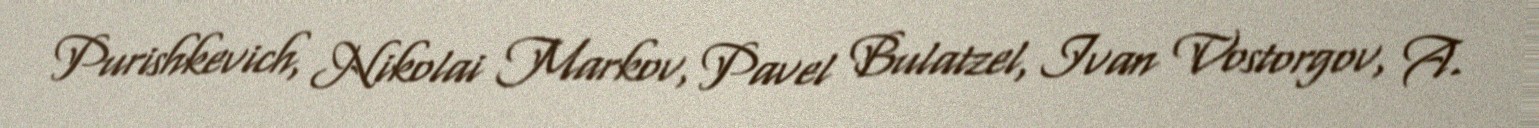
Purishkevich, Nikolai Markov, Pavel Bulatzel, Ivan Vostorgov, A.